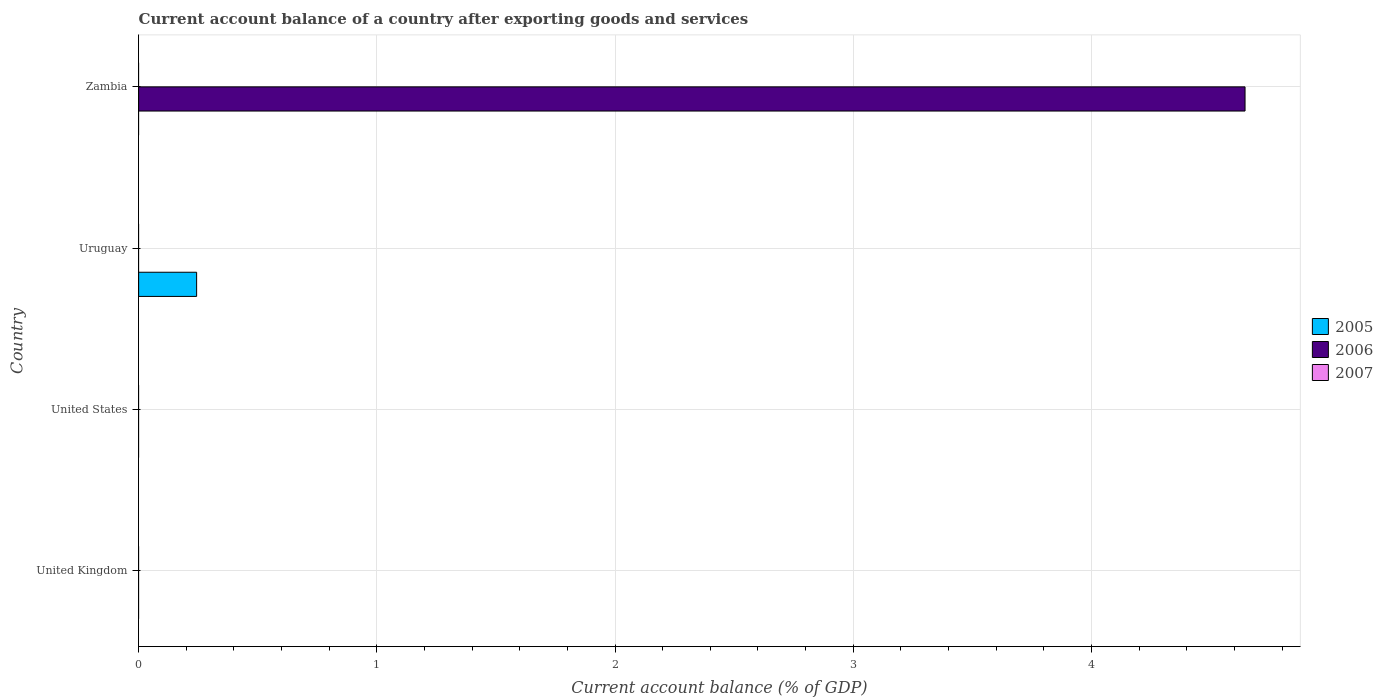
| Country | 2005 | 2006 | 2007 |
 | --- | --- | --- | --- |
 | United Kingdom | -1.26 | -2.26 | -2.74 |
 | United States | -5.69 | -5.82 | -4.96 |
 | Uruguay | 0.243 | -2 | -0.942 |
 | Zambia | -2.78 | 4.64 | -1.24 |